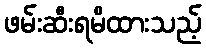
ဖမ်းဆီးရမိထားသည့်